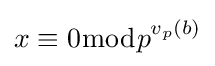
x\equiv 0{\bmod {p}}^{v_{p}(b)}